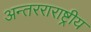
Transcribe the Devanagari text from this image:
अन्तरराराष्ट्रीय